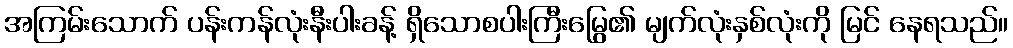
အကြမ်းသောက် ပန်းကန်လုံးနီးပါးခန့် ရှိသောစပါးကြီးမြွေ၏ မျက်လုံးနှစ်လုံးကို မြင် နေရသည်။